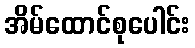
အိမ်ထောင်စုပေါင်း